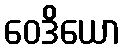
ဝေဒိယော